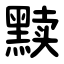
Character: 黩